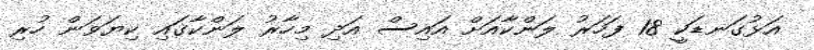
އަޅުގަނޑަކީ 18 ފަހަރު ލަންކާއަށް އައިސް އަދި މިހާރު ލަންކާގައި ކިޔަވަން ހުރި